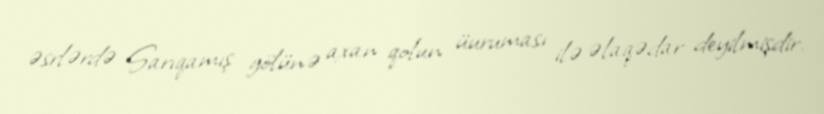
əsrlərdə Sarıqamış gölünə axan qolun üuruması ilə əlaqədar deyilmişdir.